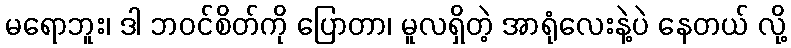
မရောဘူး၊ ဒါ ဘဝင်စိတ်ကို ပြောတာ၊ မူလရှိတဲ့ အာရုံလေးနဲ့ပဲ နေတယ် လို့